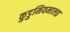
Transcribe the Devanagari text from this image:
कुडुमियमालइ